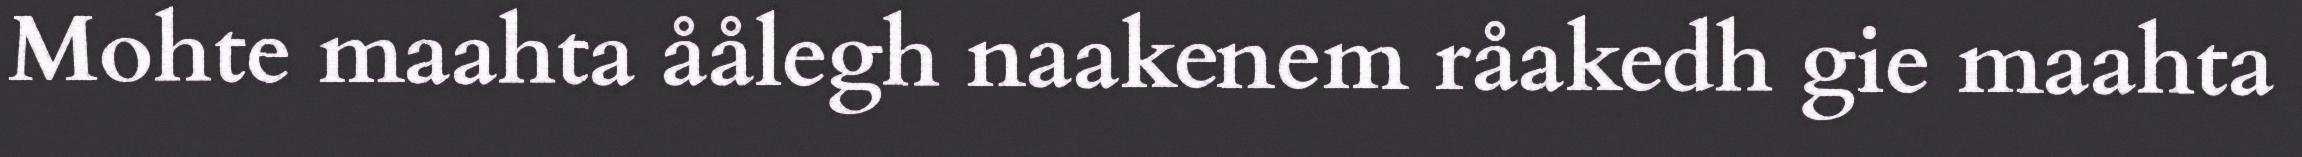
Mohte maahta åålegh naakenem råakedh gie maahta